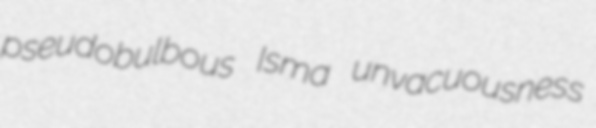
pseudobulbous Isma unvacuousness